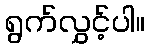
ရွက်လွှင့်ပါ။